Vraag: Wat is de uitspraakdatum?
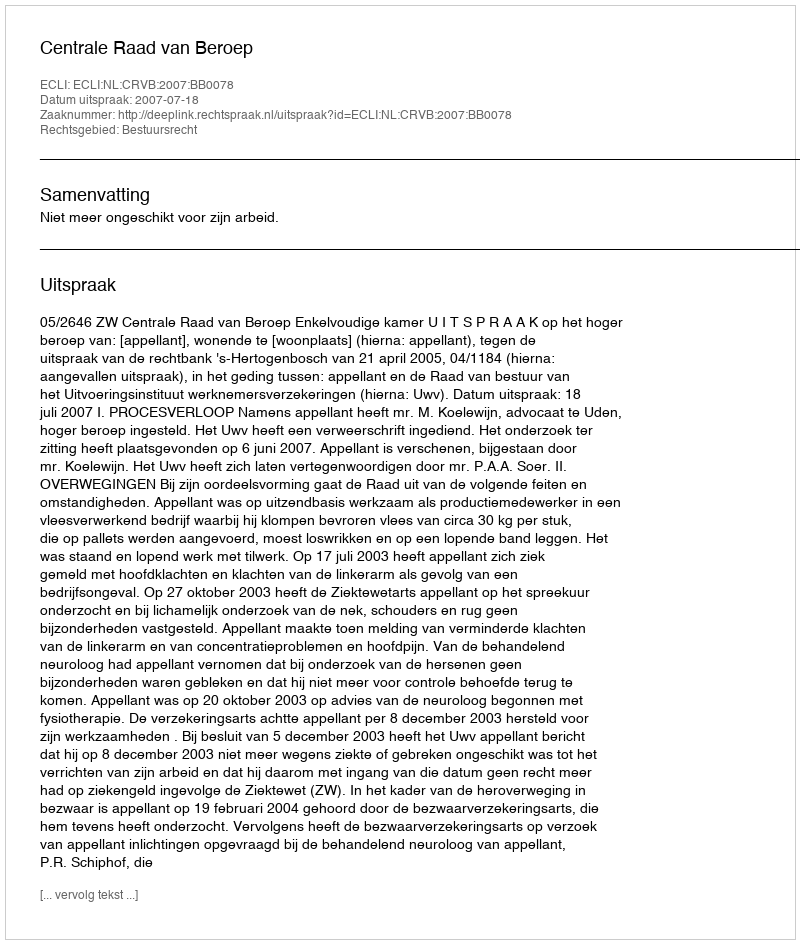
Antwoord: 2007-07-18